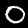
Digit: 0